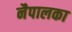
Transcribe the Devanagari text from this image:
नैपालका